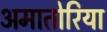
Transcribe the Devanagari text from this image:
अमातोरिया